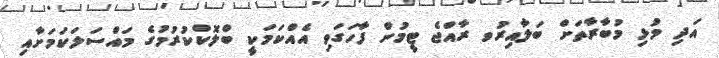
އަދި މުޅި މުބާރާތަށް ބަލާއިރުވ ރާއްޖެ ޓީމުން ފާހަގަވި އެއްކަމަކީ ބްލޮކްކުރުމުގެ މައްސަލަކަމަށާއި